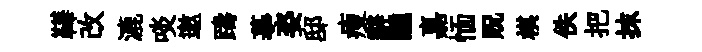
鞾改漉啖邀躊摹姿邸瘦辭醺嘉愐貺棋佚把抹